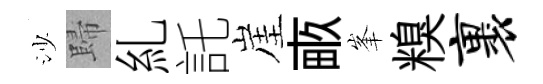
沙歸糺託崖畞峯糗裹